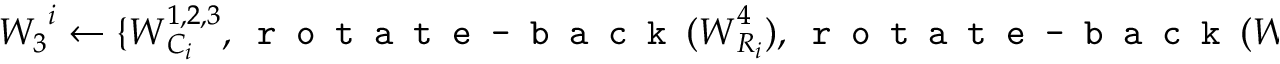
\boldsymbol { W _ { 3 } } ^ { i } \leftarrow \{ \boldsymbol { W } _ { C _ { i } } ^ { 1 , 2 , 3 } , \texttt { r o t a t e - b a c k } ( \boldsymbol { W } _ { R _ { i } } ^ { 4 } ) , \texttt { r o t a t e - b a c k } ( \boldsymbol { W } _ { R _ { i } } ^ { 5 } ) \}